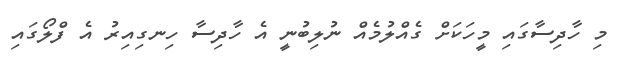
މި ހާދިސާގައި މީހަކަށް ގެއްލުމެއް ނުލިބުނީ އެ ހާދިސާ ހިނގިއިރު އެ ފްލޯގައި